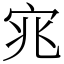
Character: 宨